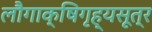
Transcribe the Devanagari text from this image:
लौगाक्षिगृह्यसूत्र